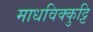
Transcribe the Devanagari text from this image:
माधविक्कुट्टि